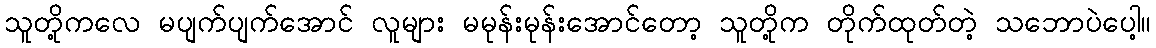
သူတို့ကလေ မပျက်ပျက်အောင် လူများ မမုန်းမုန်းအောင်တော့ သူတို့က တိုက်ထုတ်တဲ့ သဘောပဲပေါ့။